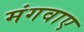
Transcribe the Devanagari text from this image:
मंगवाए